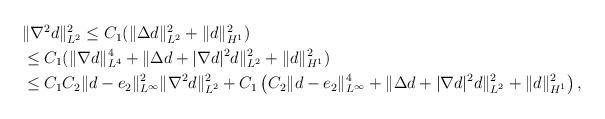
LaTeX: \begin{align*}\begin{aligned}&\|\nabla^2 d\|_{L^2}^2 \le C_1 (\|\Delta d\|_{L^2}^2+\|d\|_{H^1}^2)\\&\le C_1 (\|\nabla d\|_{L^4}^4+\| \Delta d+|\nabla d|^2 d\|_{L^2}^2+\|d\|_{H^1}^2)\\&\le C_1 C_2 \|d-e_2\|_{L^\infty}^2\|\nabla^2 d\|_{L^2}^2 +C_1 \left(C_2\|d-e_2\|_{L^\infty}^4+\|\Delta d+|\nabla d|^2 d\|_{L^2}^2+\|d\|_{H^1}^2\right),\end{aligned}\end{align*}